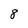
Character: 8